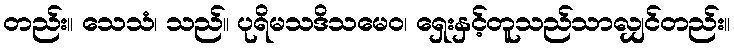
တည်း။ သေသံ၊ သည်။ ပုရိမသဒိသမေဝ၊ ရှေးနှင့်တူသည်သာလျှင်တည်း။